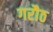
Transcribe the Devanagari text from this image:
गरौठ